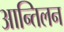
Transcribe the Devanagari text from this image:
आन्तिलन